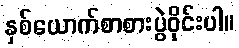
နှစ်ယောက်စာစားပွဲဝိုင်းပါ။